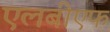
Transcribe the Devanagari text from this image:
एलबीएफ